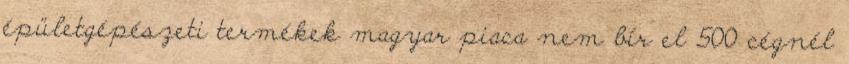
épületgépészeti termékek magyar piaca nem bír el 500 cégnél